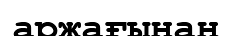
аржағынан